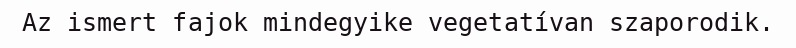
Az ismert fajok mindegyike vegetatívan szaporodik.